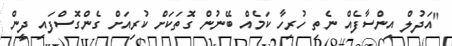
"އަދުލް އިންސާފެއް ނެތި ހުރިހާ ކަމެއް ބޭނުން ގޮތަކަށް ކުރިއަށް ގެންގޮސްފައި ދީން